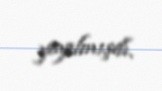
yayılmışdı.